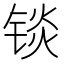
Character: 锬